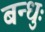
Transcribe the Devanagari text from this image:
बन्धुः